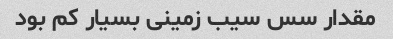
مقدار سس سیب زمینی بسیار کم بود